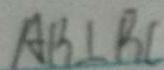
A B \bot B C